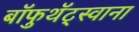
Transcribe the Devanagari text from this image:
बॉफुथॅट्स्वाना